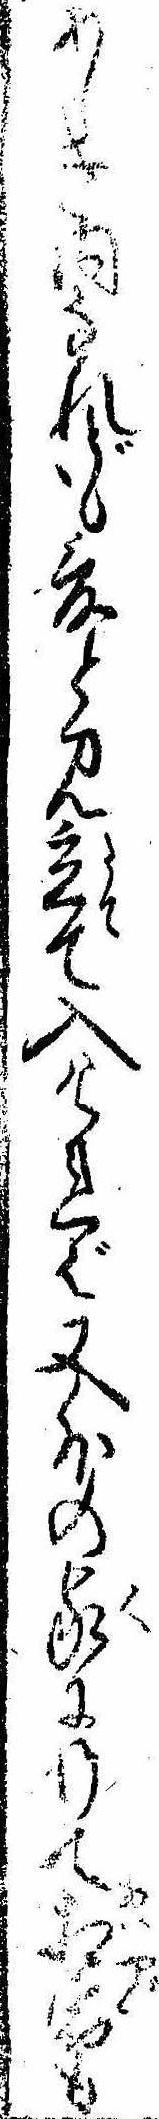
あしき内なれども爰と見立て入ければ又外の家に行て相宿も